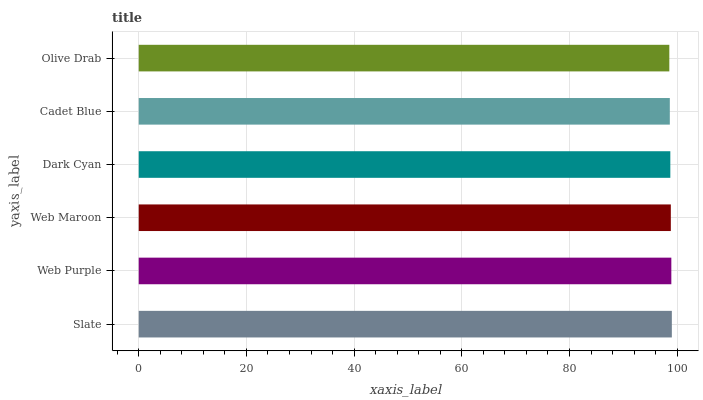
| yaxis_label | bars |
 | --- | --- |
 | Slate | 99 |
 | Web Purple | 98.9 |
 | Web Maroon | 98.8 |
 | Dark Cyan | 98.7 |
 | Cadet Blue | 98.6 |
 | Olive Drab | 98.5 |